Problem: 3 + 17 = ?
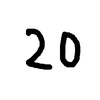
Handwritten answer: 20